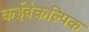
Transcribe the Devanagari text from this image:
कईवैकल्पिक